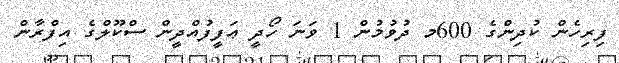
ފިރިހެން ކުދިންގެ 600މ ދުވުމުން 1 ވަނަ ހޯދީ ޢަފީފުއްދީން ސްކޫލްގެ އިފްރާން